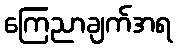
ကြေညာချက်အရ